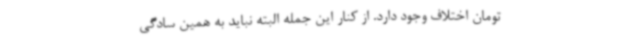
تومان اختلاف وجود دارد. از کنار این جمله البته نباید به همین سادگی